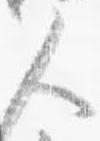
人